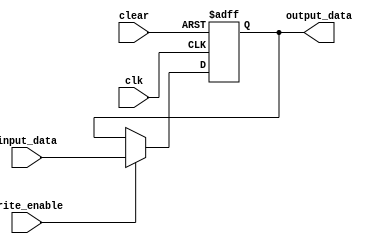
module dflipflop(input_data, clear, write_enable, clk, output_data);

	input input_data, clear, clk, write_enable;
	
	output output_data;
	reg output_data;
	
	always @(posedge clk or posedge clear) begin
		if(clear) begin
			output_data = 1'b0;
		end else if(write_enable) begin
			output_data = input_data;
		end
	end
	
endmodule